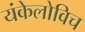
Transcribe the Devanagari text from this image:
यंकेलोविच